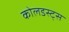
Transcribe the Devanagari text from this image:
कोलडस्ट्स